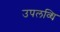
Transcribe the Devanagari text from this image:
उपलव्धि